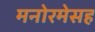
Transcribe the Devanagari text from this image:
मनोरमेसह